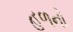
હળનો